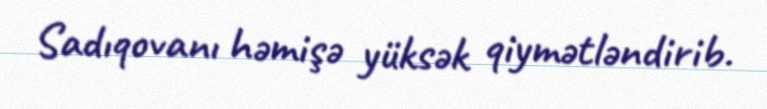
Sadıqovanı həmişə yüksək qiymətləndirib.